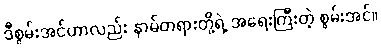
ဒီစွမ်းအင်ဟာလည်း နာမ်တရားတို့ရဲ့ အရေးကြီးတဲ့ စွမ်းအင်။